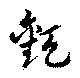
顴